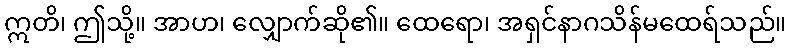
ဣတိ၊ ဤသို့။ အာဟ၊ လျှောက်ဆို၏။ ထေရော၊ အရှင်နာဂသိန်မထေရ်သည်။